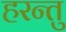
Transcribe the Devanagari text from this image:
हरन्तु